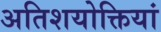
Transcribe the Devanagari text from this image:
अतिशयोक्तियां